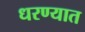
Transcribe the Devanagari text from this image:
धरण्‍यात